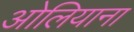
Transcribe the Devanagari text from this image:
ओलियाना